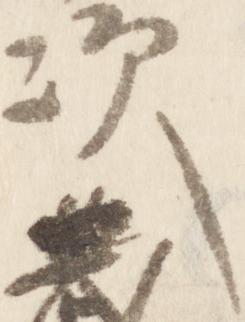
次